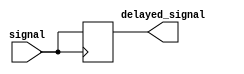
module TimingControlAndSync(
    input wire signal,
    output reg delayed_signal
);

// Timing control and synchronization block
always @ (posedge signal)
begin
    #1; // introduce 1 unit delay to synchronize signal
    delayed_signal <= signal; // transmit synchronized signal
end

endmodule